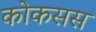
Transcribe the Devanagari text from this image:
कोकसस